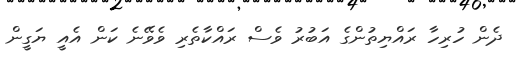
ދެން ހުރިހާ ރައްޔިތުންގެ އަބުރު ވެސް ރައްކާތެރި ވެވޭނެ ކަން އެއީ ޔަގީން